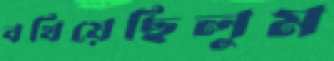
বখিয়েছিলুম